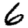
Digit: 6